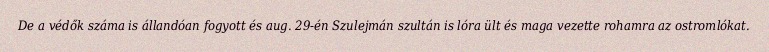
De a védők száma is állandóan fogyott és aug. 29-én Szulejmán szultán is lóra ült és maga vezette rohamra az ostromlókat.